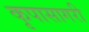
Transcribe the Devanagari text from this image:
कृपासागरी